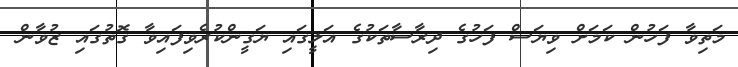
މަތިވާ ފަހުން ކަމަށް ވިޔަސް ފަހުގެ ދިރާސާތަކުގެ އަލީގައި ޔަގީންކުރެވިފައިވާ ގޮތުގައި ޒުވާން